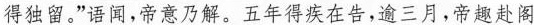
得独留。”话闻，帝意乃解。五年得疾在告，逾三月，帝趣赴阁